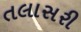
તલાસરી